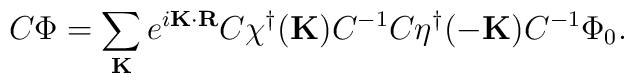
C\Phi = \sum_{\bf K} e^{i {\bf K \cdot R}}C\chi^\dagger({\bf K})C^{-1} C \eta^\dagger({\bf -K})C^{-1}  \Phi_0.